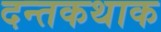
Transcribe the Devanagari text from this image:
दन्तकथाक